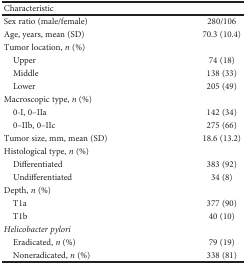
<table><thead><tr><td><b>Characteristic</b></td><td></td></tr></thead><tbody><tr><td>Sex ratio (male/female)</td><td>280/106</td></tr><tr><td>Age, years, mean (SD)</td><td>70.3 (10.4)</td></tr><tr><td>Tumor location, <i>n</i> (%)</td><td></td></tr><tr><td> Upper</td><td>74 (18)</td></tr><tr><td> Middle</td><td>138 (33)</td></tr><tr><td> Lower</td><td>205 (49)</td></tr><tr><td>Macroscopic type, <i>n</i> (%)</td><td></td></tr><tr><td> 0-I, 0–IIa</td><td>142 (34)</td></tr><tr><td> 0–IIb, 0–IIc</td><td>275 (66)</td></tr><tr><td>Tumor size, mm, mean (SD)</td><td>18.6 (13.2)</td></tr><tr><td>Histological type, <i>n</i> (%)</td><td></td></tr><tr><td> Differentiated</td><td>383 (92)</td></tr><tr><td> Undifferentiated</td><td>34 (8)</td></tr><tr><td>Depth, <i>n</i> (%)</td><td></td></tr><tr><td> T1a</td><td>377 (90)</td></tr><tr><td> T1b</td><td>40 (10)</td></tr><tr><td><i>Helicobacter pylori</i></td><td></td></tr><tr><td> Eradicated, <i>n</i> (%)</td><td>79 (19)</td></tr><tr><td> Noneradicated, <i>n</i> (%)</td><td>338 (81)</td></tr></tbody></table>